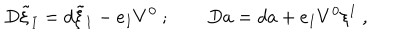
D \tilde { \xi } _ { I } = d \tilde { \xi } _ { I } - e _ { I } V ^ { 0 } \ ; \qquad D a = d a + e _ { I } V ^ { 0 } \xi ^ { I } \ ,